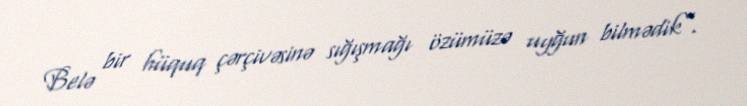
Belə bir hüquq çərçivəsinə sığışmağı özümüzə uyğun bilmədik”.